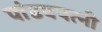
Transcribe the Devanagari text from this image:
पांडवपत्‍नी